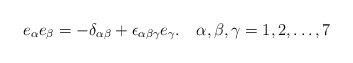
\begin{align*}e_\alpha e_\beta =-\delta_{\alpha\beta} + \epsilon_{\alpha\beta\gamma} e_\gamma.~~~\alpha,\beta,\gamma=1,2,\ldots,7\end{align*}